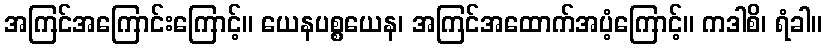
အကြင်အကြောင်းကြောင့်။ ယေနပစ္စယေန၊ အကြင်အထောက်အပံ့ကြောင့်။ ကဒါစိ၊ ရံခါ။